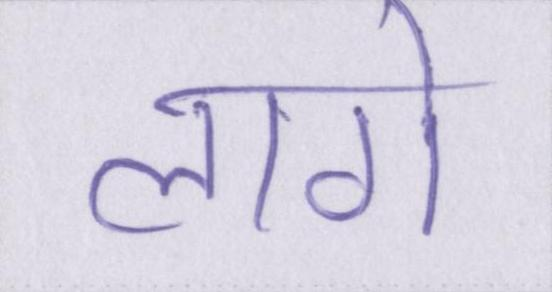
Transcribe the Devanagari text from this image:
लागे